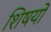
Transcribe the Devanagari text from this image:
शिषयों